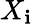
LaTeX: X_{\mathbf{i}}